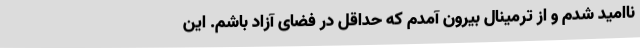
ناامید شدم و از ترمینال بیرون آمدم که حداقل در فضای آزاد باشم. این